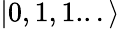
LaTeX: |0,1,1...\rangle